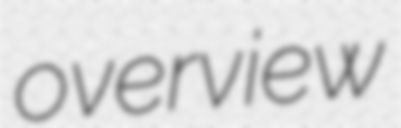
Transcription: overview